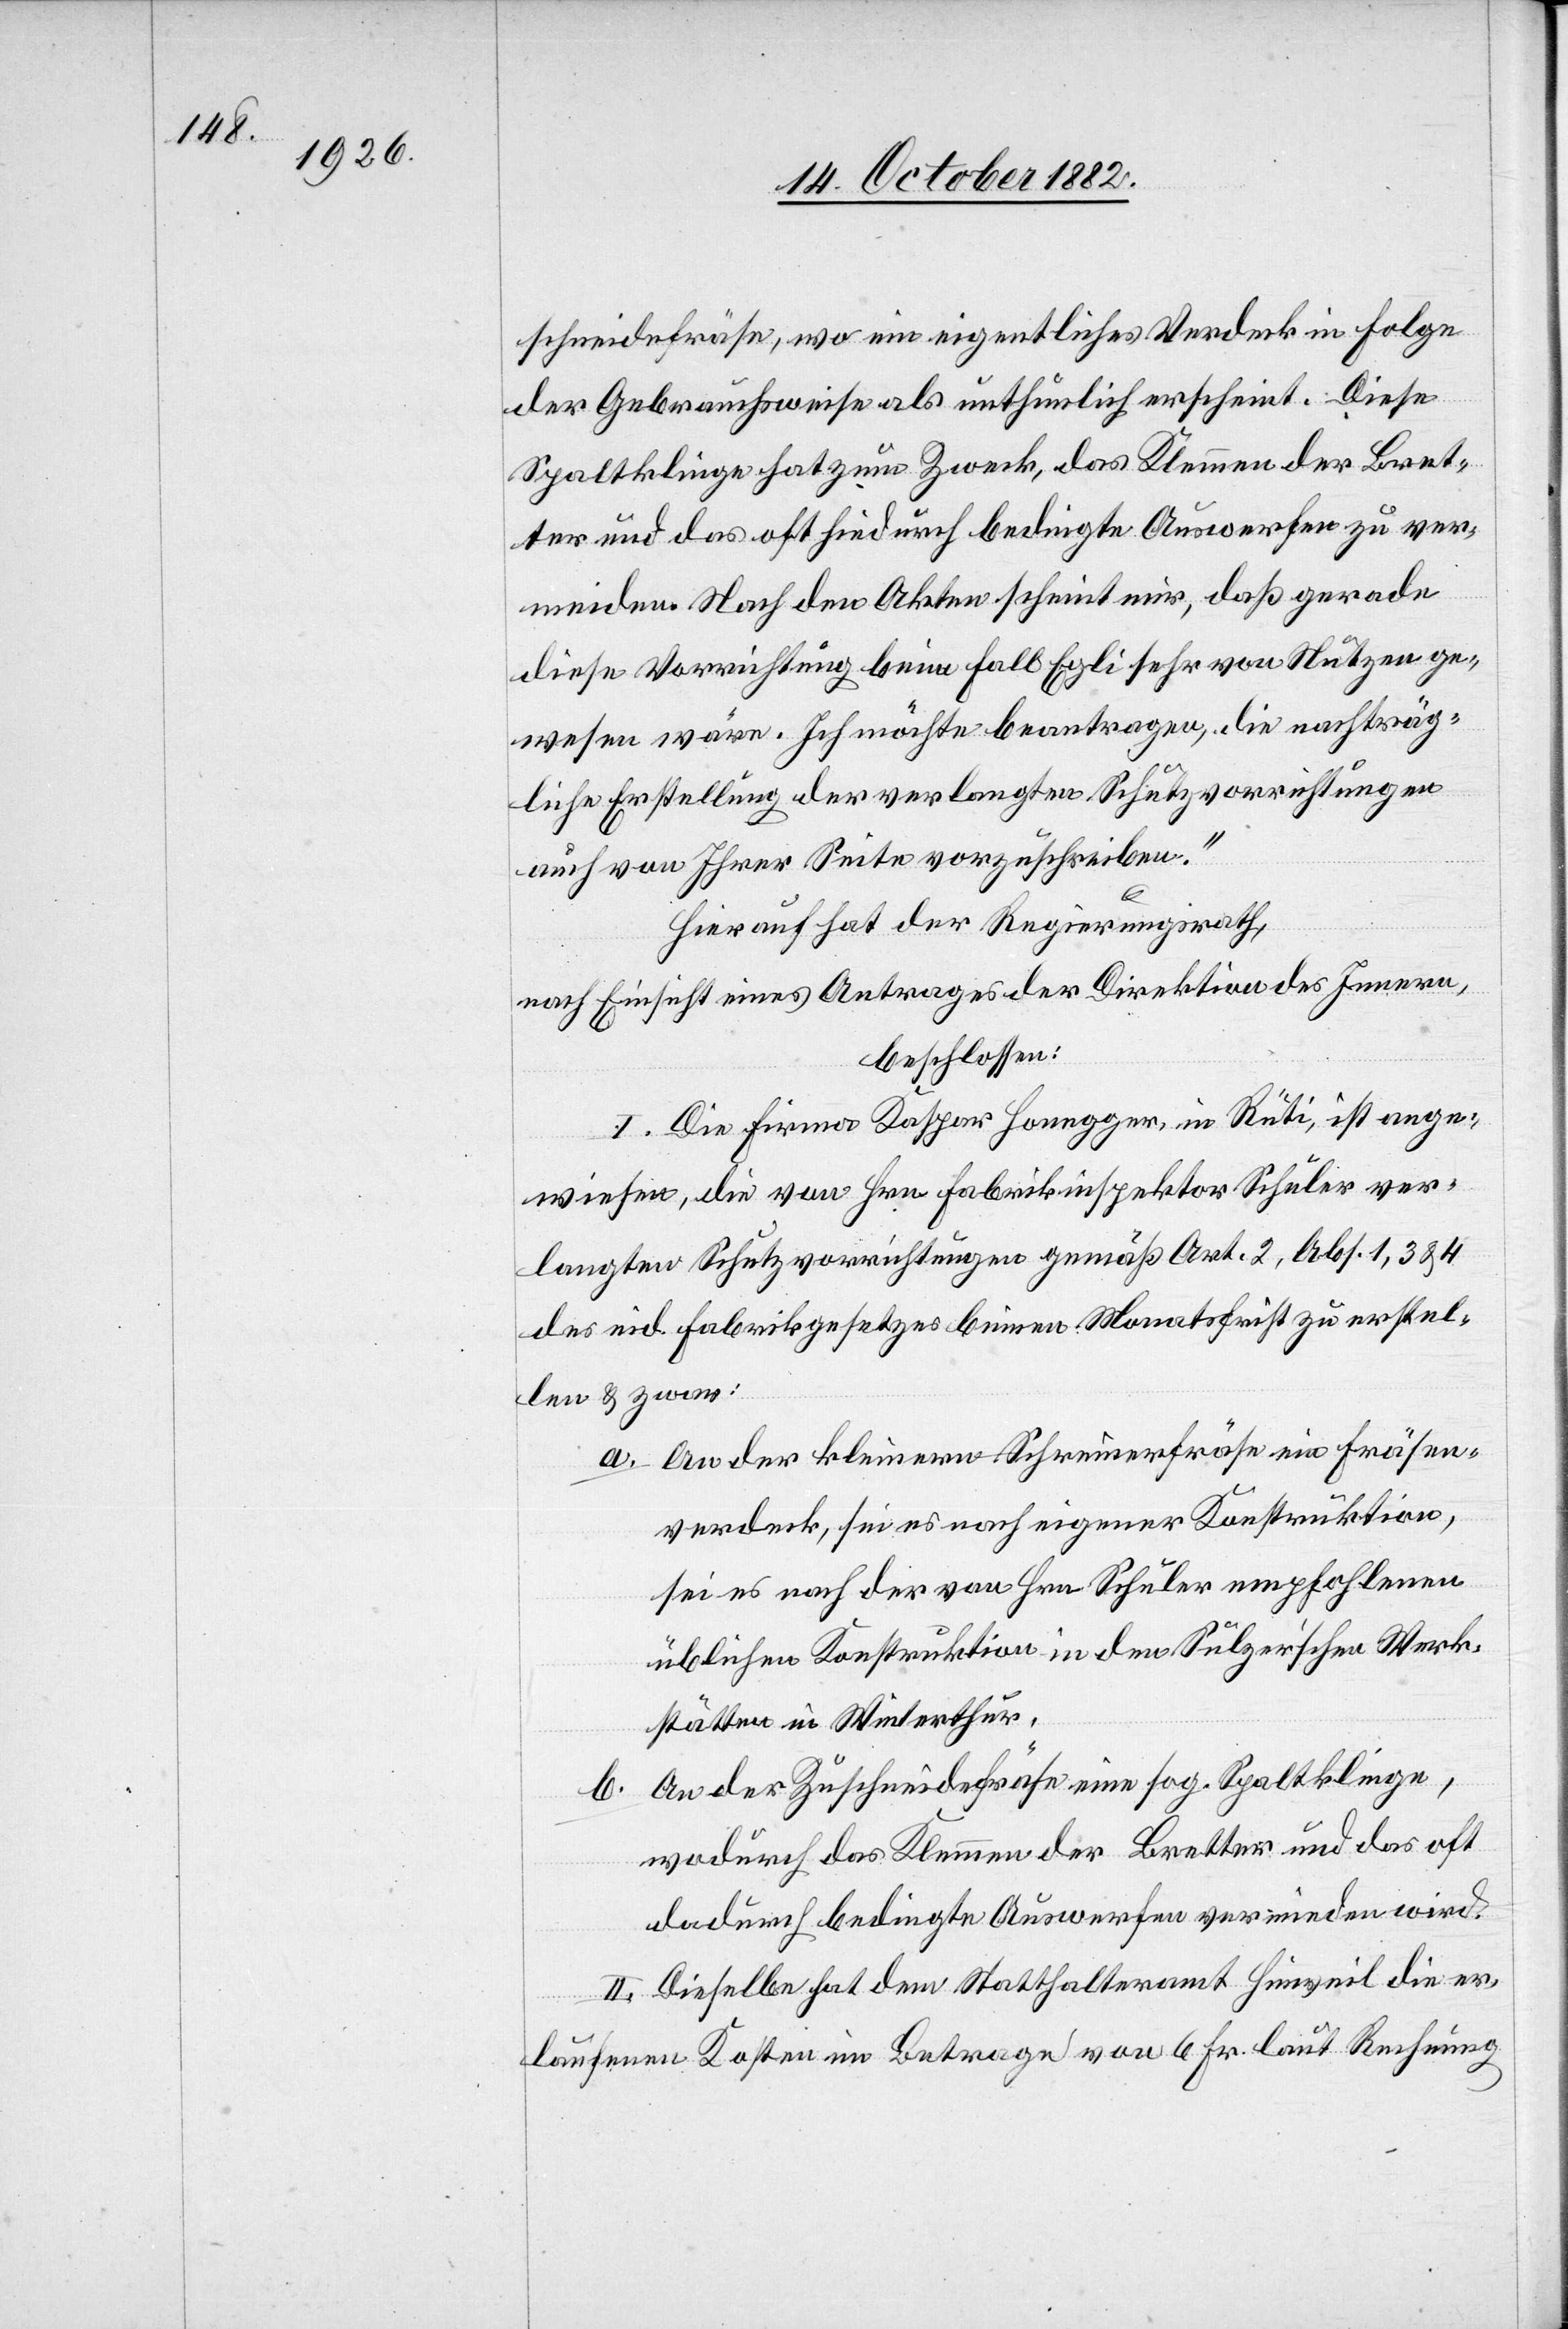
schneidefräse, wo ein eigentliches Verdeck in Folge
der Gebrauchsweise als unthunlich erscheint. Diese
Spaltklinge hat zum Zweck, das Klemmen der Bret¬
ter und das oft hiedurch bedingte Auswerfen zu ver¬
meiden. Nach den Akten scheint mir, daß gerade
diese Vorrichtung beim Fall Egli sehr von Nutzen ge¬
wesen wäre. Ich möchte beantragen, die nachträg¬
liche Erstellung der verlangten Schutzvorrichtungen
auch von Ihrer Seite vorzuschreiben.“
Hierauf hat der Regierungsrath,
nach Einsicht eines Antrages der Direktion des Innern,
beschlossen:
I. Die Firma Kaspar Honegger, in Rüti, ist ange¬
wiesen, die von Hrn. Fabrikinspektor Schuler ver¬
langten Schutzvorrichtungen gemäß Art. 2, Abs. 1, 3 & 4
des eid. Fabrikgesetzes binnen Monatsfrist zu erstel¬
len & zwar:
a. An der kleinen Schreinereifräse ein Fräsen¬
verdeck, sei es nach eigener Konstruktion,
sei es nach der von Hrn. Schuler empfohlenen
üblichen Konstruktion in den Sulzer’schen Werk¬
stätten in Winterthur.
b. An der Zuschneidefräse eine sog. Spaltklinge,
wodurch das Klemmen der Bretter und das oft
dadurch bedingte Auswerfen vermieden wird.
II. Dieselbe hat dem Statthalteramt Hinweil die er¬
laufenen Kosten im Betrage von 6 Fr. laut Rechnung